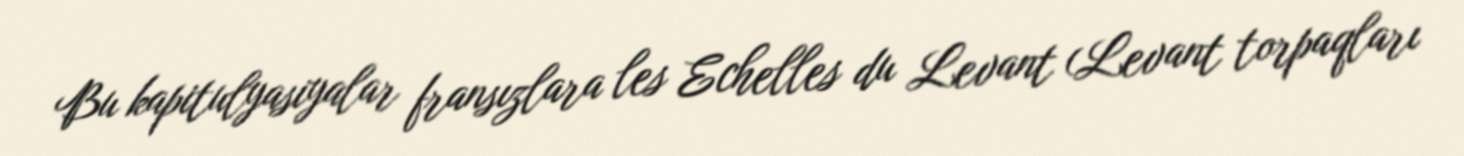
Bu kapitulyasiyalar fransızlara les Echelles du Levant (Levant torpaqları